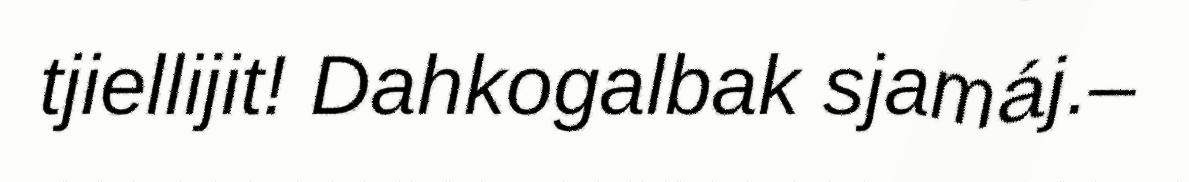
tjiellijit! Dahkogalbak sjamáj.–